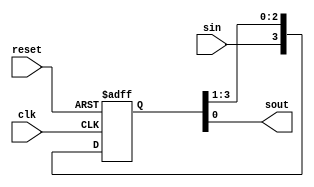
module shiftreg(clk, reset, sin, sout);
	input clk, reset;
	input sin;		// serial in
	output sout;		// serial out
	reg [3:0] qout;
	
	assign sout = qout[0];		// LSB

	always @(posedge clk, negedge reset) begin
		if (reset==0) qout <= 0;
		else qout <= {sin, qout[3:1]};	// shift right
	end
endmodule